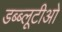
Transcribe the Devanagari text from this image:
डब्ब्लूटीओ